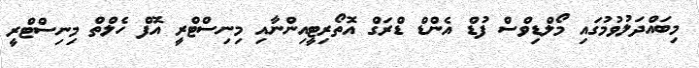
މިބައްދަލުވުމުގައި މޯލްޑިވްސް ފުޑް އެންޑް ޑްރަގް އޮތޯރިޓީއިންނާާއި މިނިސްޓްރީ އޮފް ހެލްތް މިނިސްޓްރީ